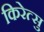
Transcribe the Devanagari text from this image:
किरेत्सु